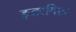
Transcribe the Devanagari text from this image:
इजरगिल